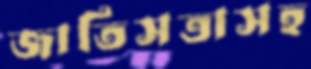
জাতিসত্তাসহ